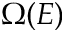
\Omega ( E )